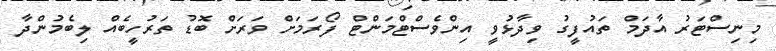
މިނިސްޓަރު އާދަމް ތައުފީގު ވިދާޅުވީ އިންވެސްޓްމަންޓް ފޯރަމަށް ވަރަށް ބޮޑު ތަރުހީބެއް ލިބެމުންދާ